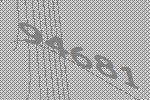
94681